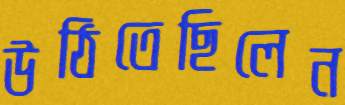
উঠিতেছিলেন